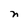
Character: n